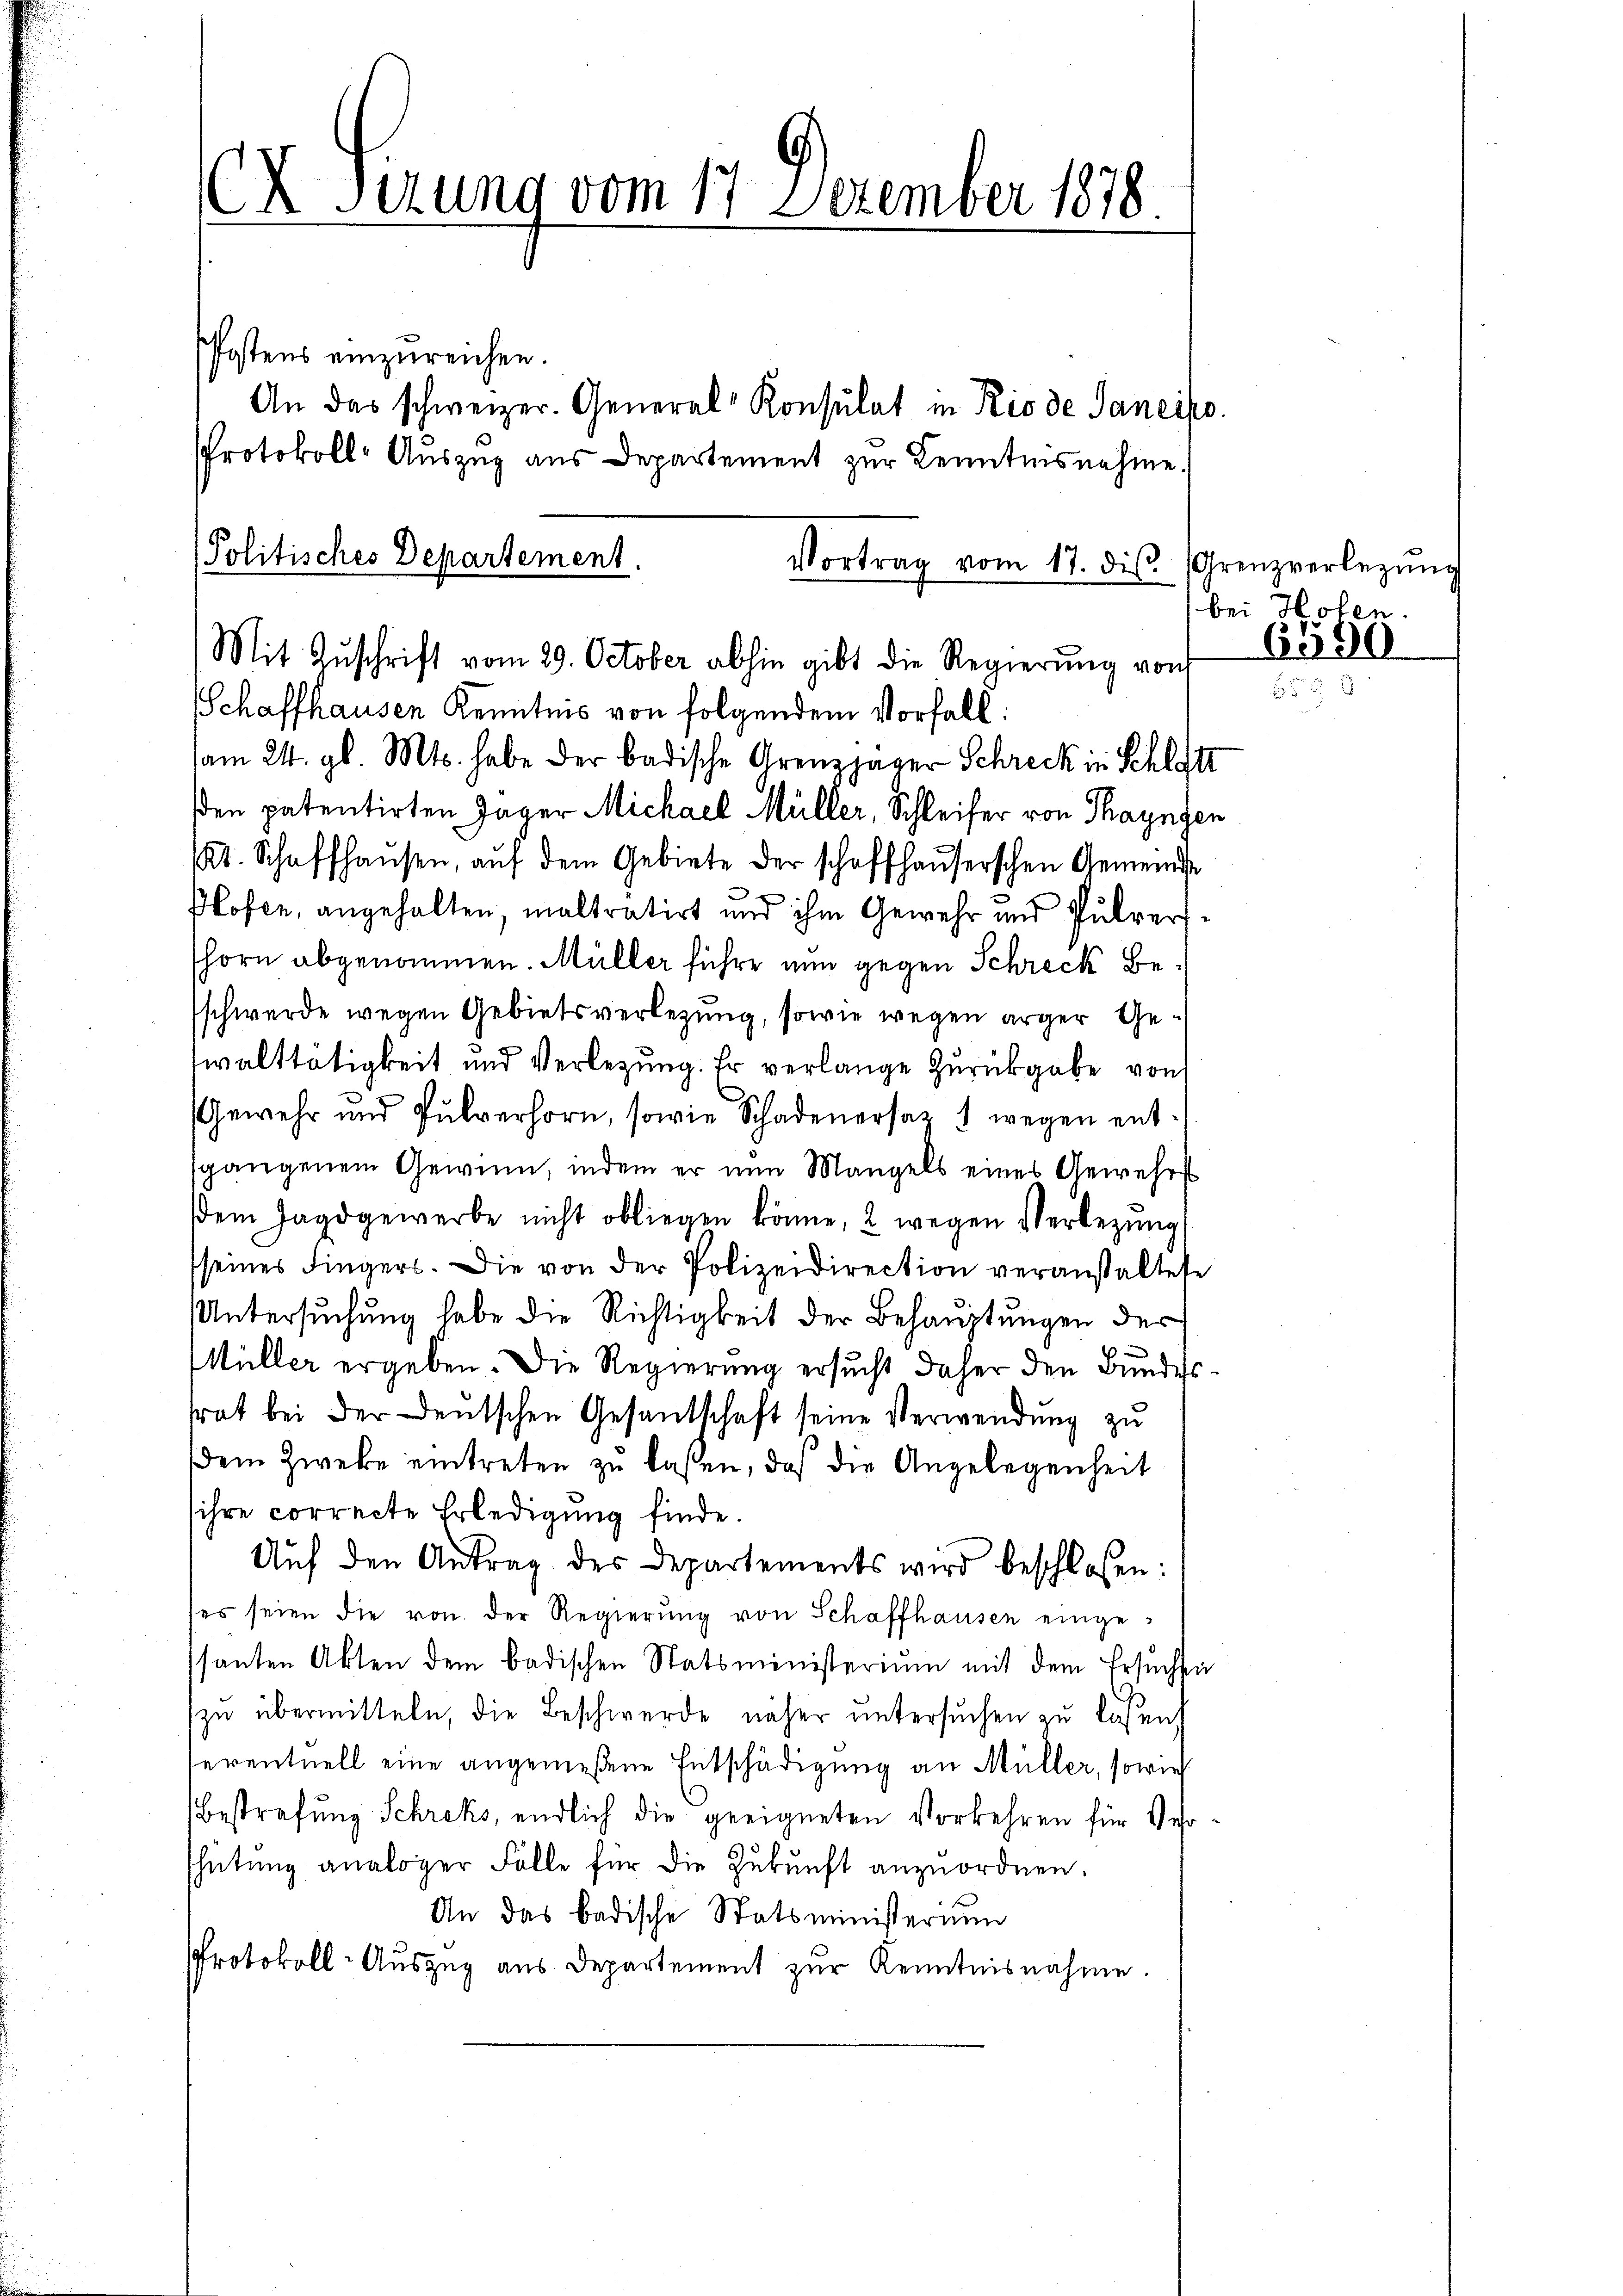
x Serung vom 17. Dezember 1878

Postens einzureichen.
An das schweizer. General-Konsulat in Rio de Sancipo
PProtokoll- Auszug aus Departement zur Kenntnisnahme.
Schaffhausen Kenntnis von folgendem Vorfall:
am 24. gl. Mts. habe der badische Grenzjäger Schreck in Schlatt
en patentirten Jager Michael Müller, Schleifer von Thayngen
121. Schaffhaŭsen, aŭf dem Gebiete der schaffhauserschen Gemeindse
x
Plofen, angehalten, maltratirt und ihm Gewehr und Pulvershorn abgenommen. Müller führe nun gegen Schreck beschwerde wegen Gebietsverlegung, sowie wegen ärger Gewalttätigkeit und Verlegung. Er verlange Zurückgabe von
Gewehr und Pulverhorn, sowie Schadenersaz 1 wegen ent-
sgangenem Gewinn, indem er nun Mangels eines Gewehrt
Dem Jagdgewerbe nicht obliegen könne, 2 wegen Verlegŭng
seines Fingers. Die von der Polizeidirection veranstaltete
Untersuchung habe die Richtigkeit der Behauptungen der
Müller ergeben. Die Regierung ersucht daher den Bundessrat bei der Deutschen Gesandschaft seine Verwendung zu
dem Zwecke eintreten zŭ lassen, daß die Angelegenheit
ihre correcte Erledigung finde.
Aŭf den Antrag des Departements wird beschlossen:
(es seien die von der Regierŭng von Schaffhausen eingessanten Akten dem badischen Statsministerium mit dem Ersuchte
zu übermitteln, die Beschwerde näher untersuchen zu laßen,
eventuell eine angemeßene Entschädigung an Müller, sowie
Bestrafung Schreks, endlich die geeigneten Vorkehren für Ver
Thütung analoger Fälle für die Zukunft anzuordnen.
An das badische Statsministerium
Protokoll-Auszug aus Departement zur Kenntnisnahme.

Politisches Departement.
Mit Zŭschrift vom 29. October abhin gibt die Regierŭng von Ces 880

Vortrag vom 17. diβ. Grenzverlegŭng

bei Hofen.